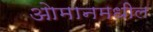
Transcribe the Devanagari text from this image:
ओमानमधील